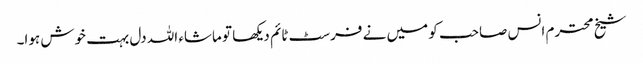
شیخ محترم انس صاحب کو میں نے فرسٹ ٹائم دیکھا تو ماشاء اللہ دل بہت خوش ہوا۔